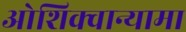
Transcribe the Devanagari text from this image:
ओशिक्वान्यामा